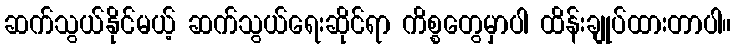
ဆက်သွယ်နိုင်မယ့် ဆက်သွယ်ရေးဆိုင်ရာ ကိစ္စတွေမှာပါ ထိန်းချုပ်ထားတာပါ။